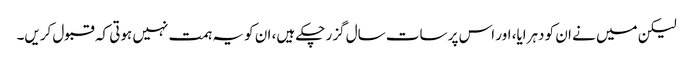
لیکن میں نے ان کو دہرایا، اور اس پر سات سال گزر چکے ہیں، ان کو یہ ہمت نہیں ہوتی کہ قبول کریں۔